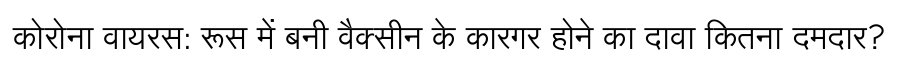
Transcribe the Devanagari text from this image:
कोरोना वायरस: रूस में बनी वैक्सीन के कारगर होने का दावा कितना दमदार?